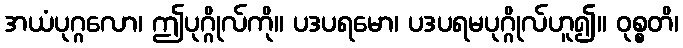
အယံပုဂ္ဂလော၊ ဤပုဂ္ဂိုလ်ကို။ ပဒပရမော၊ ပဒပရမပုဂ္ဂိုလ်ဟူ၍။ ဝုစ္စတိ၊